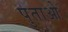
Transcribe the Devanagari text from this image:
पुताओ